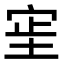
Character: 𫳊